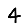
Digit: 4